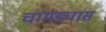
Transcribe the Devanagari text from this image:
चामड्यास